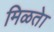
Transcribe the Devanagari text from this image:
मिळतेा